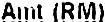
AMT (RM)